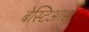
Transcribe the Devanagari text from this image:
बेस्टिआस